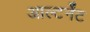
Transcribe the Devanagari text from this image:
आल्टर्नेंट